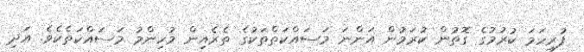
ފުރިހަމަ ކުރުމުގެ ގޮތުން ކުރަމުން އަންނަ މަސައްކަތްތަކުގެ ތެރެއިން މުހިންމު މަސައްކަތެކެވެ. އަދި